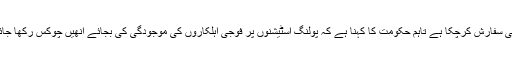
الیکشن کمیشن پہلے بھی انتخابات کے دوران فوج تعینات کرنے کی سفارش کرچکا ہے تاہم حکومت کا کہنا ہے کہ پولنگ اسٹیشنوں پر فوجی اہلکاروں کی موجودگی کی بجائے انھیں چوکس رکھا جائے گا تاکہ بوقت ضرورت انھیں فوری طور پر طلب کیا جاسکے۔